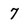
Character: 7